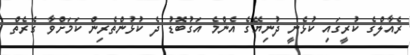
ރެއާލްގެ ކުރީގައި ކުޅެނީ ދުނިޔޭގެ އެންމެ އަގުބޮޑު ދެ ކުޅުންތެރިން ކަމަށްވާ ގެރެތް